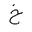
Letter: _kha